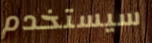
سيستخدم